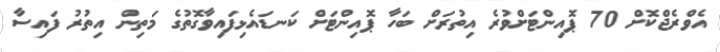
އެވްރެޖްކޮށް 70 ޕޮއިންޓަށްވުރެ އިތުރަށް ބަހާ ޕޮއިންޓަށް ކަނޑައެޅިފައިވާގޮތުގެ މަތިން އިތުރު ފައިސާ